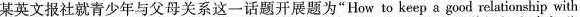
某英文报社就青少年与父母关系这一话题开展题为”How to keep a good relationship with